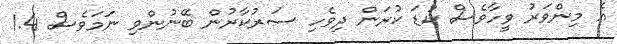
އެ މިންވަރު ވީހާވެސް ކުޑަ ކުރަން ދިވެހި ސަރުކާރުން ބޭނުންވި ނަމަވެސް 1.4